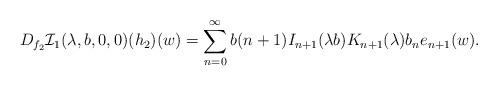
LaTeX: \begin{align*}D_{f_{2}}\mathcal{I}_{1}(\lambda,b,0,0)(h_{2})(w)=\sum_{n=0}^{\infty}b(n+1)I_{n+1}(\lambda b)K_{n+1}(\lambda)b_{n}e_{n+1}(w).\end{align*}